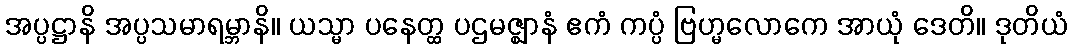
အပ္ပဋ္ဌာနိ အပ္ပသမာရမ္ဘာနိ။ ယသ္မာ ပနေတ္ထ ပဌမဇ္ဈာနံ ဧကံ ကပ္ပံ ဗြဟ္မလောကေ အာယုံ ဒေတိ။ ဒုတိယံ